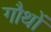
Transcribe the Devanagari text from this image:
गौथों